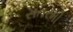
સતરમી